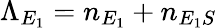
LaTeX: \Lambda_{E_{1}}=n_{E_{1}}+n_{E_{1}S}